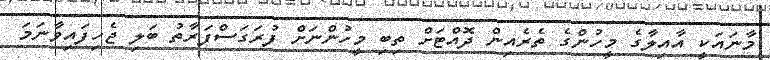
މާނައަކީ އާއިލާގެ މީހުންގެ ތެރެއިން ދޮއްޓަށް ތިބި މީހުންނަށް ފުރަގަސްފަރާތު ބަލި ޖެހިފައިވާނަމަ